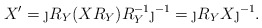
\begin{align*}X^\prime = \j R_Y (XR_Y) R_Y^{-1}\j^{-1} = \j R_Y X \j^{-1}.\end{align*}